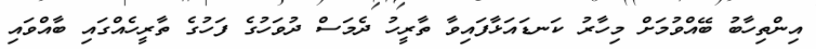
އިންތިހާބު ބޭއްވުމަށް މިހާރު ކަނޑައަޅާފައިވާ ތާރީހު ދެމަސް ދުވަހުގެ ފަހުގެ ތާރީހެއްގައި ބާއްވައި